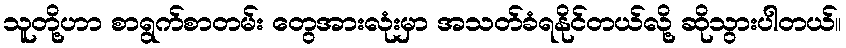
သူတို့ဟာ စာရွက်စာတမ်း တွေအားလုံးမှာ အသတ်ခံရနိုင်တယ်လို့ ဆိုသွားပါတယ်။